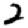
Digit: 2